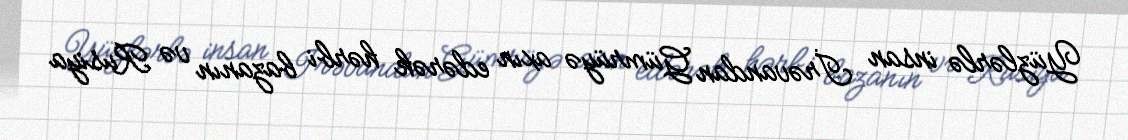
Yüzlərlə insan İrəvandan Gümrüyə axın edərək hərbi bazanın və Rusiya